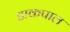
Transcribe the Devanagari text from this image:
डाकपाल